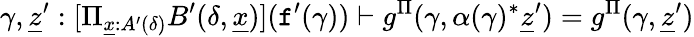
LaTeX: \gamma,\underline{{z}}^{\prime}:[\Pi_{\underline{{x}}:A^{\prime}(\delta)}B^{\prime}(\delta,\underline{{x}})](\textnormal{\texttt{f}}^{\prime}(\gamma))\vdash g^{\Pi}(\gamma,\alpha(\gamma)^{*}\underline{{z}}^{\prime})=g^{\Pi}(\gamma,\underline{{z}}^{\prime})